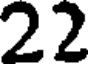
22